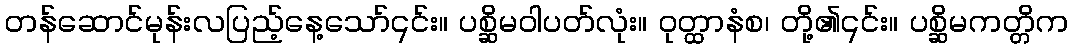
တန်ဆောင်မုန်းလပြည့်နေ့သော်၎င်း။ ပစ္ဆိမဝါပတ်လုံး။ ဝုတ္ထာနံစ၊ တို့၏၎င်း။ ပစ္ဆိမကတ္တိက